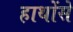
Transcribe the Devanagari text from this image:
हाथोंसे